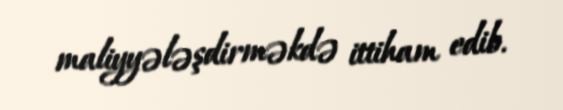
maliyyələşdirməkdə ittiham edib.